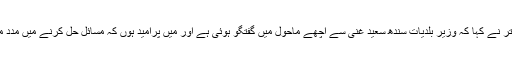
وسیم اختر نے کہا کہ وزیر بلدیات سندھ سعید غنی سے اچھے ماحول میں گفتگو ہوئی ہے اور میں پرامید ہوں کہ مسائل حل کرنے میں مدد ملے گی۔